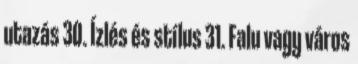
utazás 30. Ízlés és stílus 31. Falu vagy város